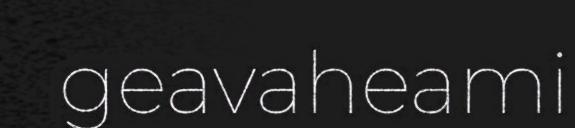
geavaheami